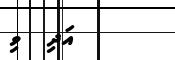
އަދި  ވި